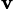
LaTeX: ^{\mathbf{v}}